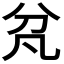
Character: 𭃓